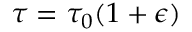
\tau = \tau _ { 0 } ( 1 + \epsilon )